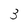
Character: 3